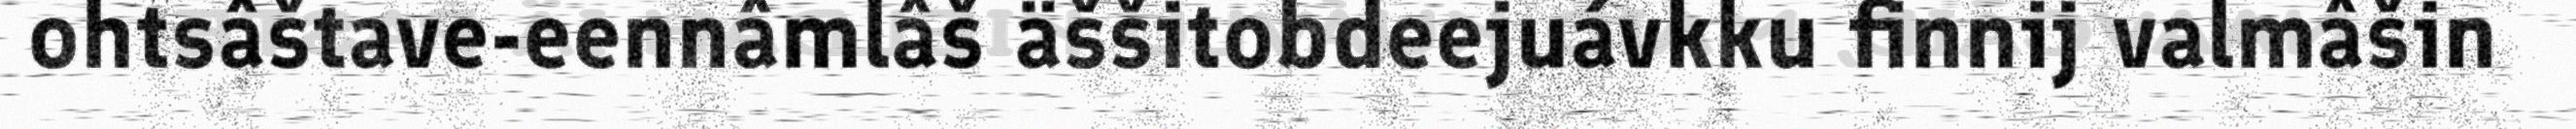
ohtsâštave-eennâmlâš äššitobdeejuávkku finnij valmâšin